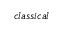
_ { c l a s s i c a l }